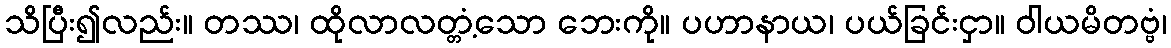
သိပြီး၍လည်း။ တဿ၊ ထိုလာလတ္တံ့သော ဘေးကို။ ပဟာနာယ၊ ပယ်ခြင်းငှာ။ ဝါယမိတဗ္ဗံ၊